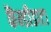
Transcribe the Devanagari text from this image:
कैंन्डीडाटा